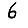
Digit: 6